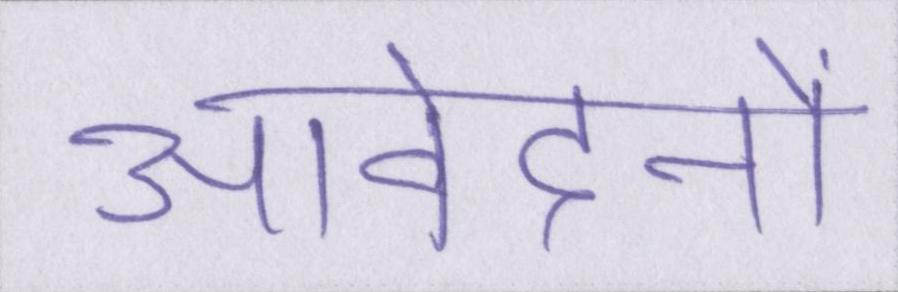
आवेदनों